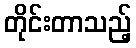
တိုင်းတာသည့်